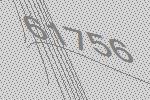
61756